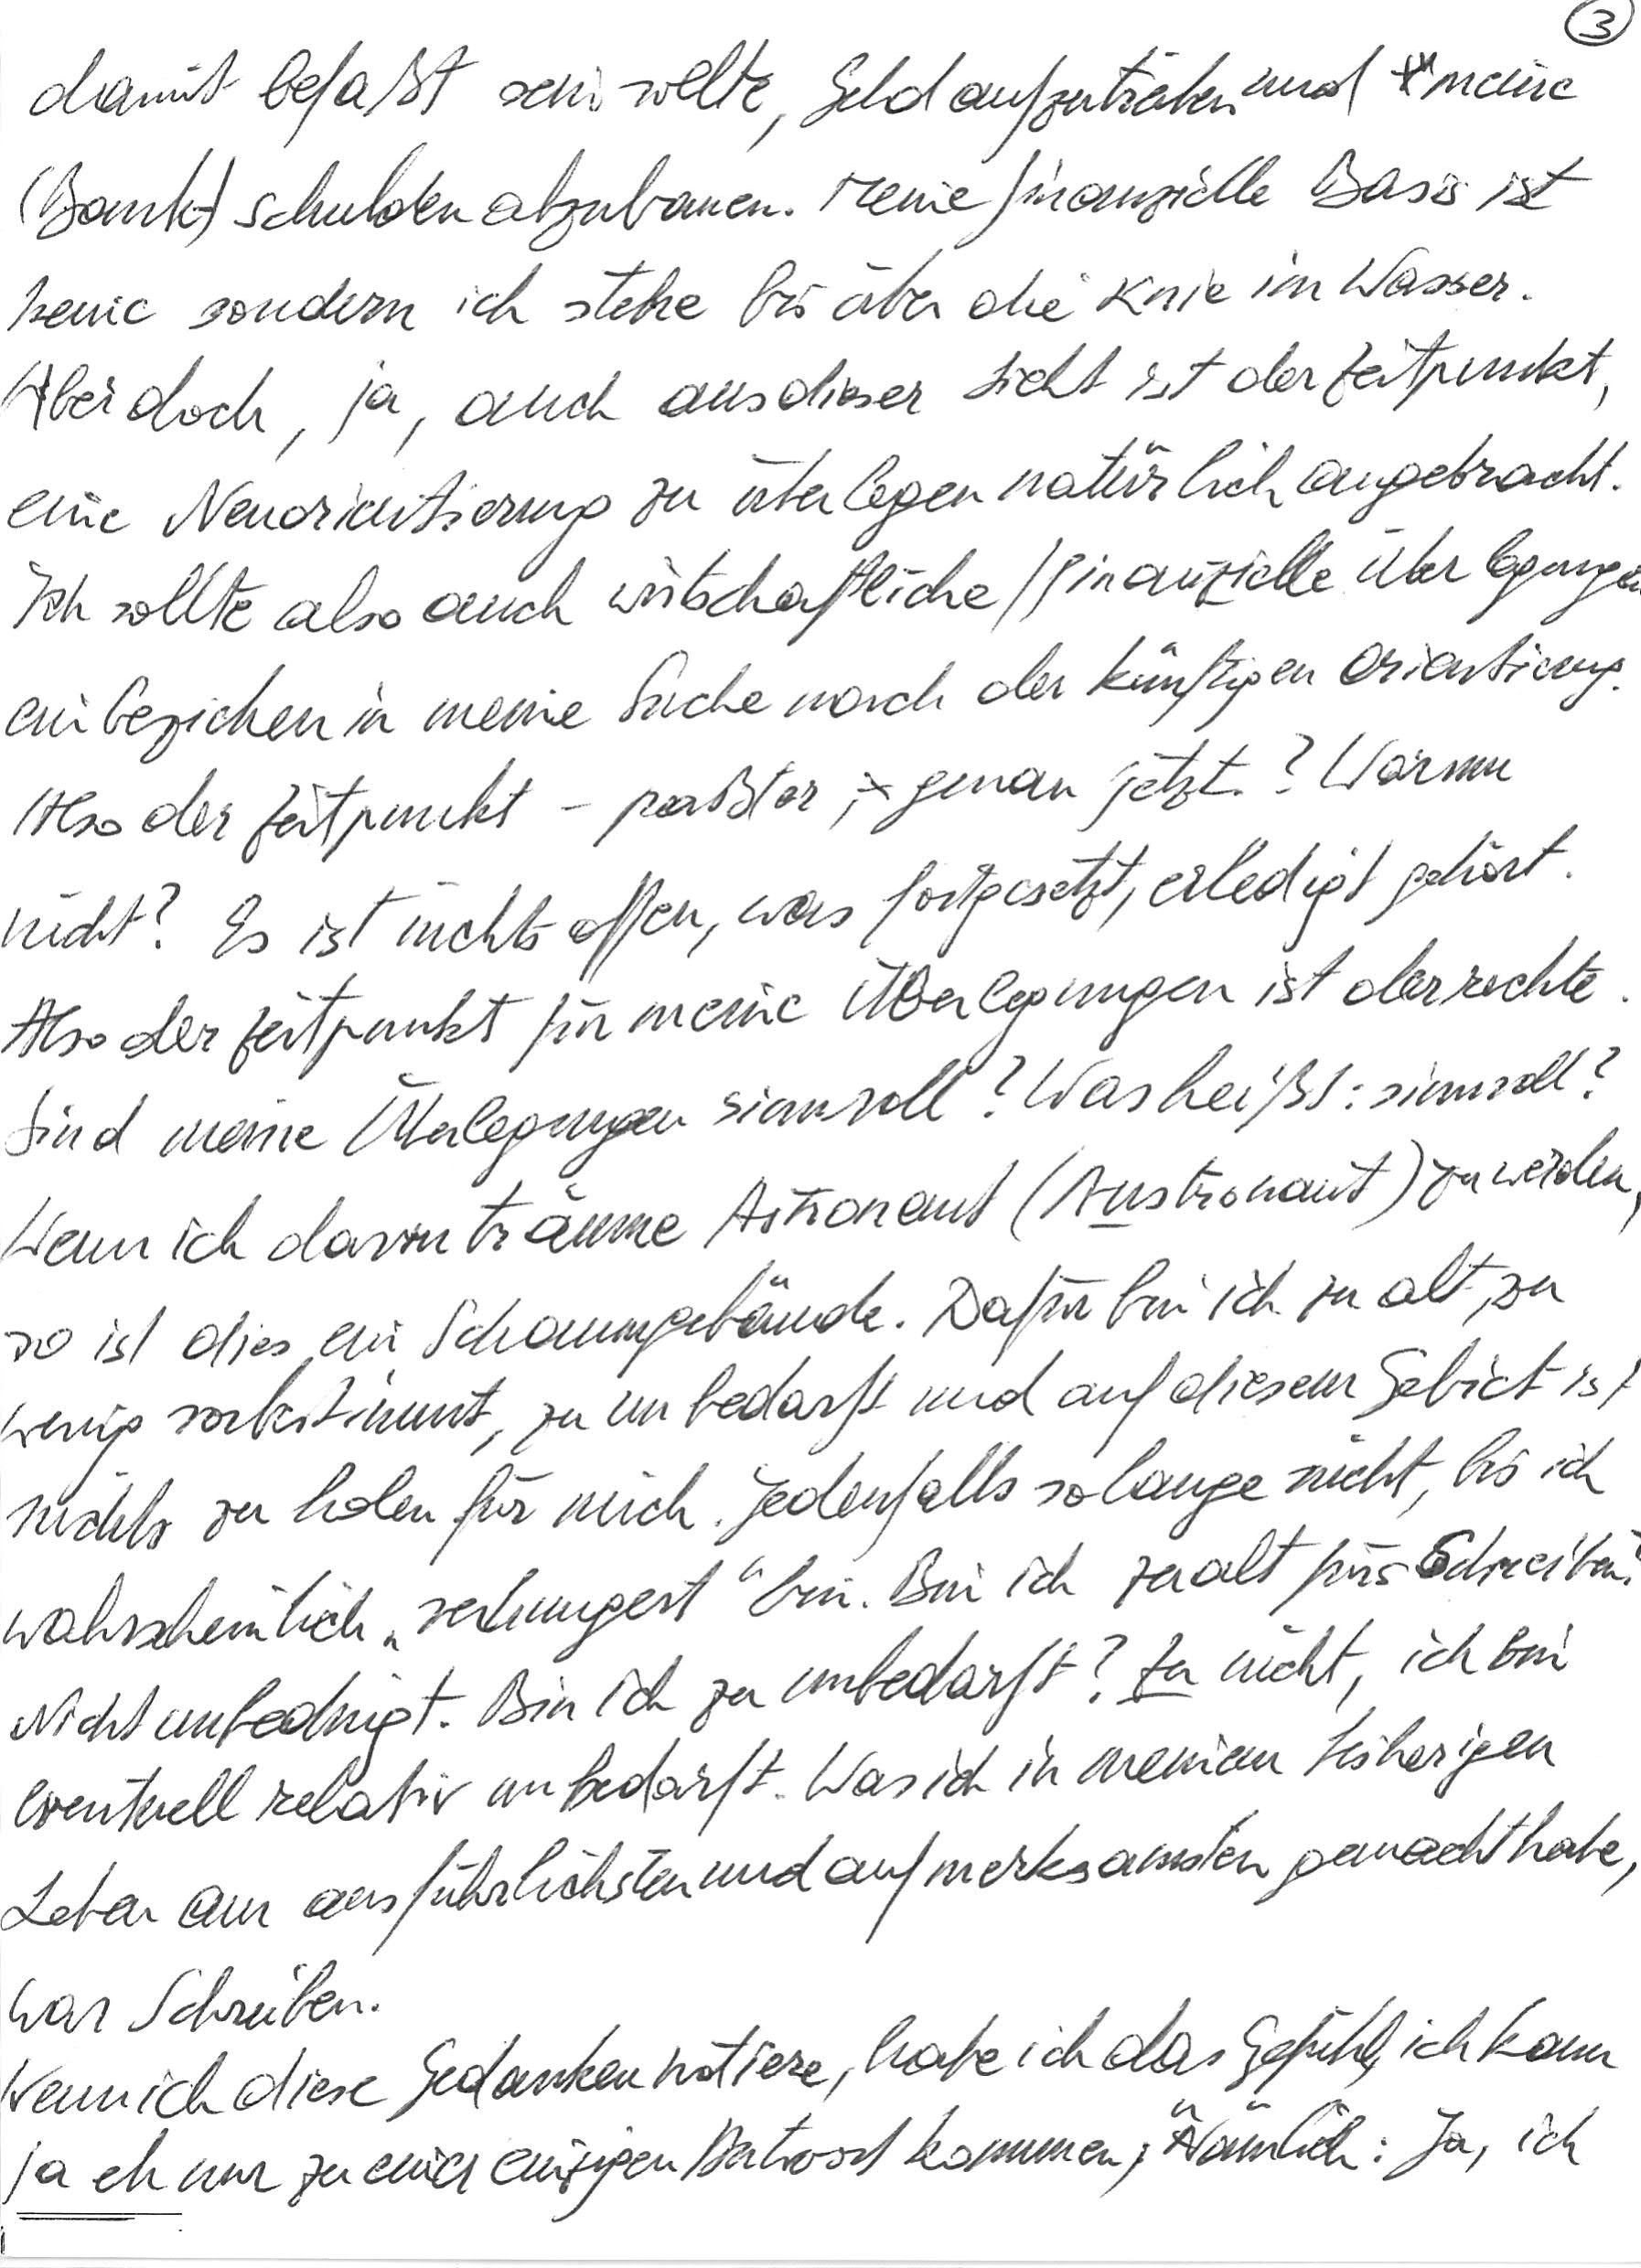
damit befaßt sein sollte, Geld aufzutreiben und meine
(Bank-)Schulden abzubauen. Meine finanzielle Basis ist
keine sondern ich stehe bis über die Knie im Wasser.
Aber doch, ja, auch aus dieser Sicht ist der Zeitpunkt,
eine Neuorientierung zu überlegen natürlich angebracht.
Ich sollte also auch wirtschaftliche/finanzielle Überlegungen
einbeziehen in meine Suche nach der künftigen Orientierung.
Also der Zeitpunkt – paßt er, genau jetzt? Warum
nicht? Es ist nichts offen, was fortgesetzt, erledigt gehört.
Also der Zeitpunkt für meine Überlegungen ist der rechte.
Sind meine Überlegungen sinnvoll? Was heißt: sinnvoll?
Wenn ich davon träume Astronaut (Austronaut) zu werden,
so ist dies ein Schaumgebäude. Dafür bin ich zu alt, zu
wenig vorbestimmt, zu unbedarft und auf diesem Gebiet ist
nichts zu holen für mich. Jedenfalls so lange nicht, bis ich
wahrscheinlich „verhungert“ bin. Bin ich zu alt fürs Schreiben?
Nicht unbedingt. Bin ich zu unbedarft? Zu nicht, ich bin
eventuell relativ unbedarft. Was ich in meinem bisherigen
Leben am ausführlichsten und aufmerksamsten gemacht habe,
war Schreiben.
Wenn ich diese Gedanken notiere, habe ich das Gefühl, ich kann
ja eh nur zu einer einzigen Antwort kommen, nämlich: Ja, ich